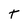
Character: t